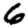
Digit: 6